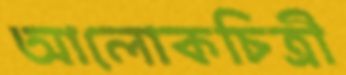
আলোকচিত্রী